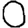
Digit: 0